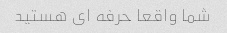
شما واقعا حرفه ای هستید